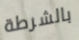
بالشرطة